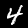
Digit: 4